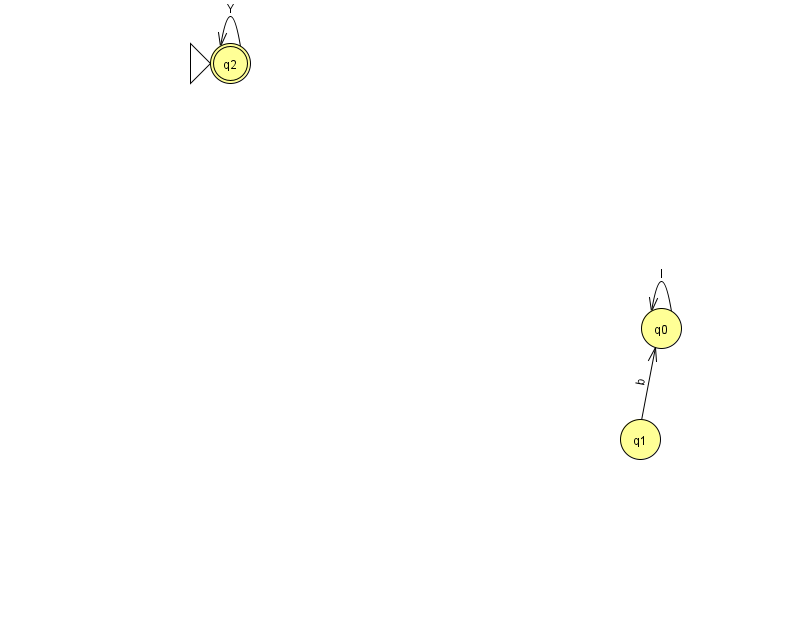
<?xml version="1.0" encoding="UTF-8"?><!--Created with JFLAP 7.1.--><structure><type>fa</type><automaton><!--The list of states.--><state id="0" name="q0"><x>661.0</x><y>315.0</y></state><state id="1" name="q1"><x>640.0</x><y>426.0</y></state><state id="2" name="q2"><x>230.0</x><y>50.0</y><initial/><final/></state><!--The list of transitions.--><transition><from>1</from><to>0</to><read>b</read></transition><transition><from>0</from><to>0</to><read>I</read></transition><transition><from>2</from><to>2</to><read>Y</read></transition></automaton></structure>